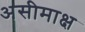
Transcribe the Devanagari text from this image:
असीमाक्ष